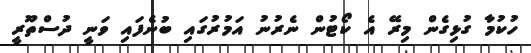
ހުކުމާ ގުޅިގެން މިރޭ އެ ކޯޓުން ނެރުނު އަމުރުގައި ބުނެފައި ވަނީ ދުސްތޫރީ